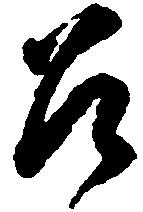
召